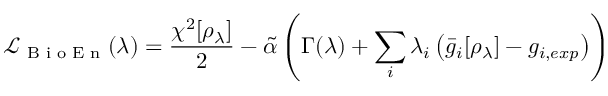
\mathcal { L } _ { \textrm { B i o E n } } ( \lambda ) = \frac { \chi ^ { 2 } [ \rho _ { \lambda } ] } { 2 } - \tilde { \alpha } \left( \Gamma ( \lambda ) + \sum _ { i } \lambda _ { i } \left( \bar { g } _ { i } [ \rho _ { \lambda } ] - g _ { i , e x p } \right) \right)